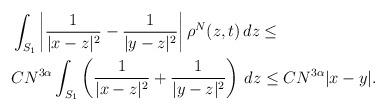
LaTeX: \begin{align*}&\int_{S_1} \left|\frac{1}{|x-z|^2}-\frac{1}{|y-z|^2}\right| \rho^N(z,t) \,dz\leq\\& CN^{3\alpha}\int_{S_1} \left(\frac{1}{|x-z|^2}+\frac{1}{|y-z|^2} \right)\,dz\leq C N^{3\alpha} |x-y|.\end{align*}